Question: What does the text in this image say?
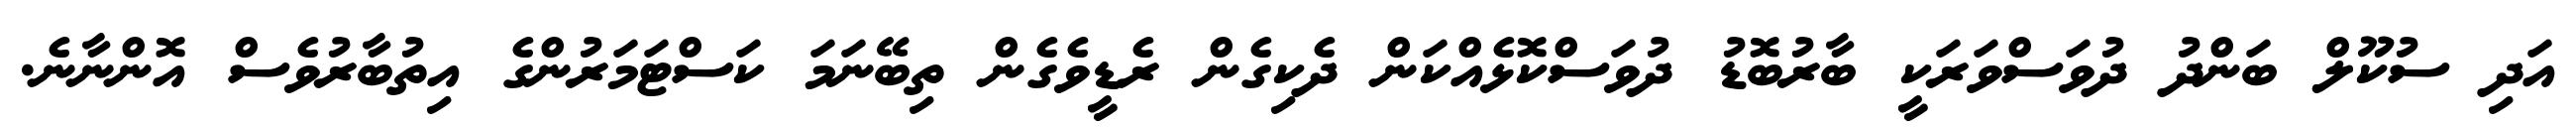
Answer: އަދި ސުކޫލް ބަންދު ދުވަސްވަރަކީ ބާރުބޮޑު ދުވަސްކޮޅެއްކަން ދެކިގެން ރެޑީވެގެން ތިބޭނަމަ ކަސްޓަމަރުންގެ އިތުބާރުވެސް އޮންނާނެ.